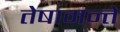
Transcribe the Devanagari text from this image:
तेषामन्ते